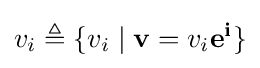
v_{i}\triangleq \{v_{i}\mid \mathbf {v} =v_{i}\mathbf {e^{i}} \}